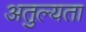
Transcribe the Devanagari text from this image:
अतुल्यता